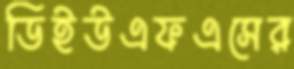
ডিইউএফএসের